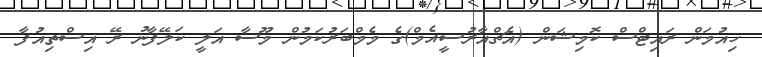
ހިއުމަން ރައިޓްސް ކޮމިޝަން (އެޗްއާރުސީއެމް)ގެ މެމްބަރުކަމުން މޫސާ އަލީ ކަލޭފާނު ރޭ އިސްތިއުފާ